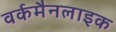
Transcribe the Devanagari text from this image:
वर्कमैनलाइक